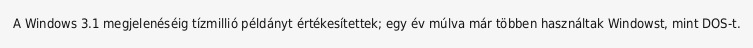
A Windows 3.1 megjelenéséig tízmillió példányt értékesítettek; egy év múlva már többen használtak Windowst, mint DOS-t.